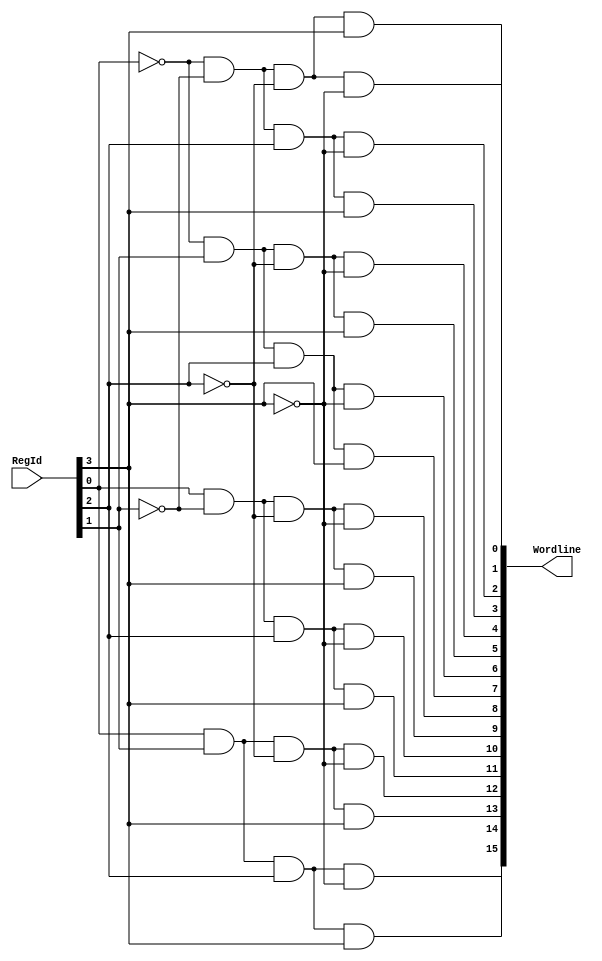
module ReadDecoder_4_16(input [3:0] RegId, output [15:0] Wordline);

assign Wordline[0] = ~RegId[0] & ~RegId[1] & ~RegId[2] & ~RegId[3];
assign Wordline[1] = ~RegId[0] & ~RegId[1] & ~RegId[2] & RegId[3];
assign Wordline[2] = ~RegId[0] & ~RegId[1] & RegId[2] & ~RegId[3];
assign Wordline[3] = ~RegId[0] & ~RegId[1] & RegId[2] & RegId[3];
assign Wordline[4] = ~RegId[0] & RegId[1] & ~RegId[2] & ~RegId[3];
assign Wordline[5] = ~RegId[0] & RegId[1] & ~RegId[2] & RegId[3];
assign Wordline[6] = ~RegId[0] & RegId[1] & RegId[2] & ~RegId[3];
assign Wordline[7] = ~RegId[0] & RegId[1] & RegId[2] & RegId[3];
assign Wordline[8] = RegId[0] & ~RegId[1] & ~RegId[2] & ~RegId[3];
assign Wordline[9] = RegId[0] & ~RegId[1] & ~RegId[2] & RegId[3];
assign Wordline[10] = RegId[0] & ~RegId[1] & RegId[2] & ~RegId[3];
assign Wordline[11] = RegId[0] & ~RegId[1] & RegId[2] & RegId[3];
assign Wordline[12] = RegId[0] & RegId[1] & ~RegId[2] & ~RegId[3];
assign Wordline[13] = RegId[0] & RegId[1] & ~RegId[2] & RegId[3];
assign Wordline[14] = RegId[0] & RegId[1] & RegId[2] & ~RegId[3];
assign Wordline[15] = RegId[0] & RegId[1] & RegId[2] & RegId[3];

endmodule